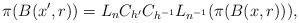
LaTeX: \begin{align*}\begin{aligned}\pi (B(x',r)) & = L_{n}C_{h'}C_{h^{-1}} L_{n^{-1}} (\pi(B(x,r))),\end{aligned}\end{align*}